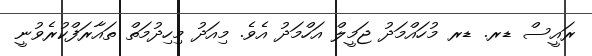
ރައީސް ޑރ. ޑރ މުހައްމަދު ޖަމީލް އަހްމަދު އެވެ. މިއަދު މިހިދުމަތް ތައާރަފްކުރެވުނީ